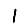
Digit: 1